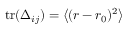
\mathrm { t r } ( \Delta _ { i j } ) = \left\langle { ( r - r _ { 0 } ) ^ { 2 } } \right\rangle